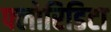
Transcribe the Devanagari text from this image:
फ्लोरिडिटा